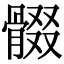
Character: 𩩟